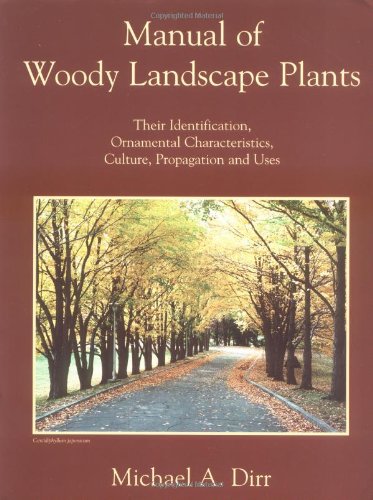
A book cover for Manual of Woody Landscape Plants: Their Identification, Ornamental Characteristics, Culture, Propagation and Uses; Michael A. Dirr; Crafts, Hobbies & Home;